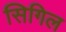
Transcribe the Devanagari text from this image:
सिगिल